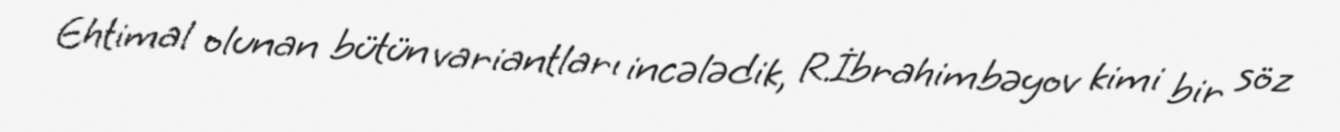
Ehtimal olunan bütün variantları incələdik, R.İbrahimbəyov kimi bir söz